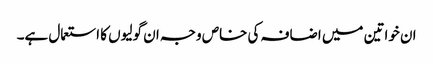
ان خواتین میں اضافہ کی خاص وجہ ان گولیوں کا استعمال ہے۔